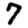
Digit: 7